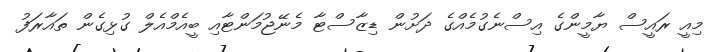
މިއީ ރައީސް ޔާމީންގެ އިސްނެގުމެއްގެ ދަށުން ޑިޒާސްޓާ މެނޭޖުމަންޓާއި ބީއެމްއެލް ގުޅިގެން ތައާރަފު